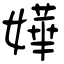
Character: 嬅